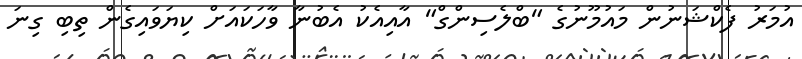
އުމަރު ފެކްޝަނުން މައުމޫނުގެ "ބްލެސިންގް" އާއިއެކު އެބުނާ ވާހަކައަށް ކިޔަވައިގެން ތިބި ގިނަ